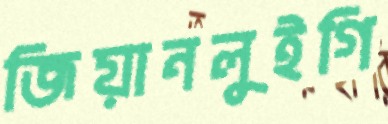
জিয়ানলুইগি